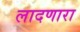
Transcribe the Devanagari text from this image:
लादणारा